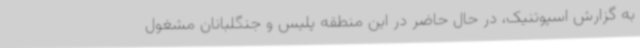
به گزارش اسپوتنیک، در حال حاضر در این منطقه پلیس و جنگلبانان مشغول